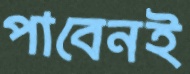
পাবেনই